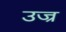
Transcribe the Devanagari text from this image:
उज्र